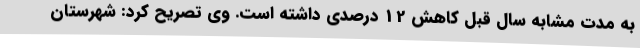
به مدت مشابه سال قبل کاهش 12 درصدی داشته است. وی تصریح کرد: شهرستان